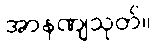
အာနဏျသုတ်။